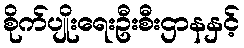
စိုက်ပျိုးရေးဦးစီးဌာနနှင့်